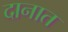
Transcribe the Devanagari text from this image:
दानात